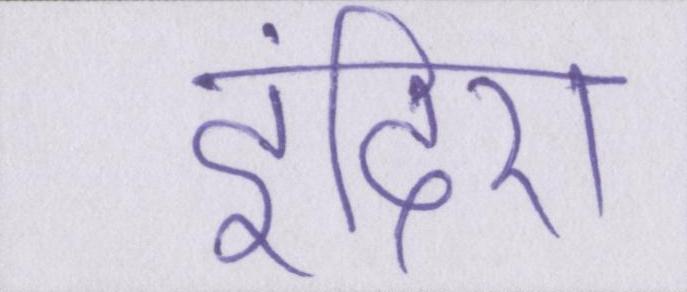
इंदिरा